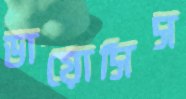
ডায়োসিস